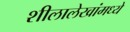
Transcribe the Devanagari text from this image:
शीलालेखांमध्ये